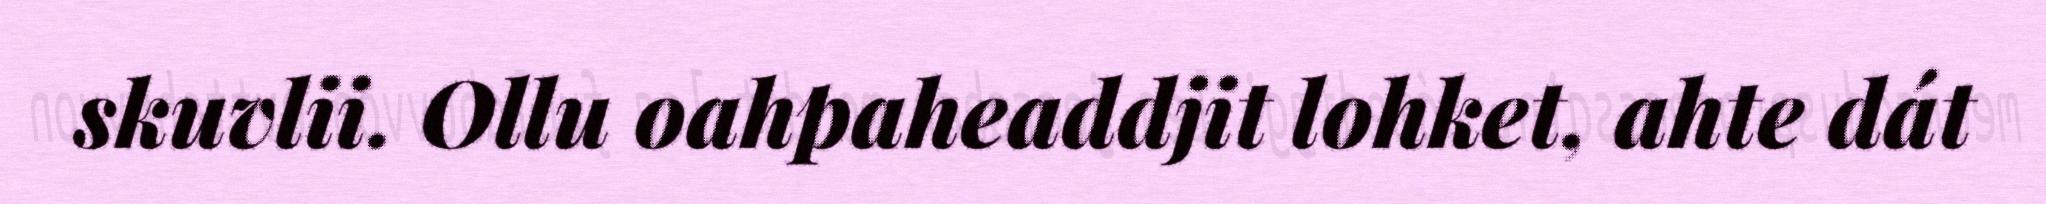
skuvlii. Ollu oahpaheaddjit lohket, ahte dát